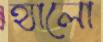
হ্যালো